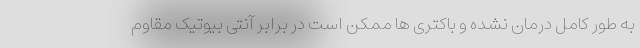
به طور کامل درمان نشده و باکتری ها ممکن است در برابر آنتی بیوتیک مقاوم